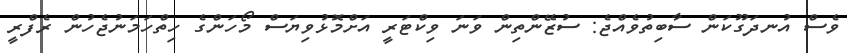
ވެސް އުނދަގޫކަން ސާބިތުވެއްޖެ: ސުޒޭންތިން ވަނަ ވިކްޓަރީ އަށްމޮޅުވިޔަސް މޯހަންގެ ހިތްހަމަނުޖެހުން ރެފްރީ